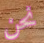
نحن